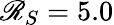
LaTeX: \mathscr{R}_{S}=5.0